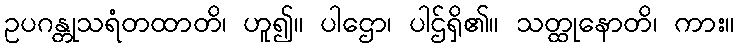
ဥပဂန္တုသရံတထာတိ၊ ဟူ၍။ ပါဌော၊ ပါဌ်ရှိ၏။ သတ္ထုနောတိ၊ ကား။